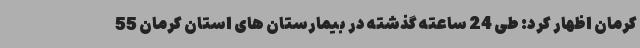
کرمان اظهار کرد: طی 24 ساعته گذشته در بیمارستان های استان کرمان 55